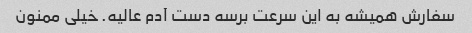
سفارش همیشه به این سرعت برسه دست آدم عالیه. خیلی ممنون